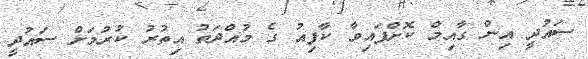
ސައުދީ އިން ގާއިމް ކޮށްފައިވާ ކާފިއު ގެ މުއްދަތު އިތުރު ކުރުމަށް ސައުދީ